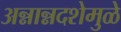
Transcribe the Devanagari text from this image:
अन्नान्नदशेमुळे